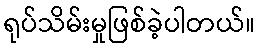
ရုပ်သိမ်းမှုဖြစ်ခဲ့ပါတယ်။